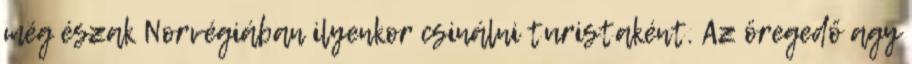
még észak Norvégiában ilyenkor csinálni turistaként. Az öregedő agy